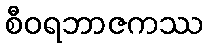
စီဝရဘာဇကဿ